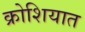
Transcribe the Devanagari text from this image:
क्रोशियात